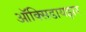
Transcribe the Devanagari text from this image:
ऑक्‍सिडायझर